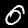
Label: 0